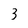
Character: 3